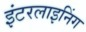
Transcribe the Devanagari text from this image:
इंटरलाइनिंग